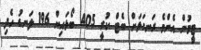
ޓީމުން އެންމެ ރަނގަޅަށް ބެޓް ކުރީ 405 ބޯޅައިން 196 ލަނޑު ހެދި